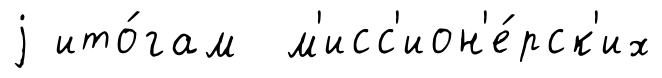
j ито́гам м'исс'ион'е́рск'их